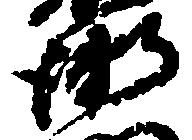
衛